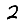
Digit: 2